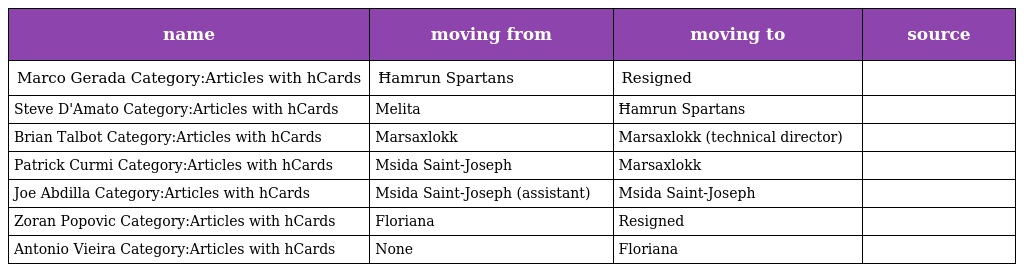
| name | moving from | moving to | source |
 | --- | --- | --- | --- |
 | Marco Gerada Category:Articles with hCards | Ħamrun Spartans | Resigned |  |
 | Steve D'Amato Category:Articles with hCards | Melita | Ħamrun Spartans |  |
 | Brian Talbot Category:Articles with hCards | Marsaxlokk | Marsaxlokk (technical director) |  |
 | Patrick Curmi Category:Articles with hCards | Msida Saint-Joseph | Marsaxlokk |  |
 | Joe Abdilla Category:Articles with hCards | Msida Saint-Joseph (assistant) | Msida Saint-Joseph |  |
 | Zoran Popovic Category:Articles with hCards | Floriana | Resigned |  |
 | Antonio Vieira Category:Articles with hCards | None | Floriana |  |